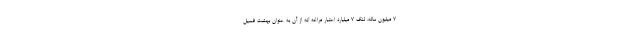
۷ میلیون ساله، لنگ ۷ میلیارد اعتبار مراغه که از آن به عنوان بهشت فسیل